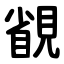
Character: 䚇